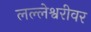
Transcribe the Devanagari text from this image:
लल्लेश्वरीवर